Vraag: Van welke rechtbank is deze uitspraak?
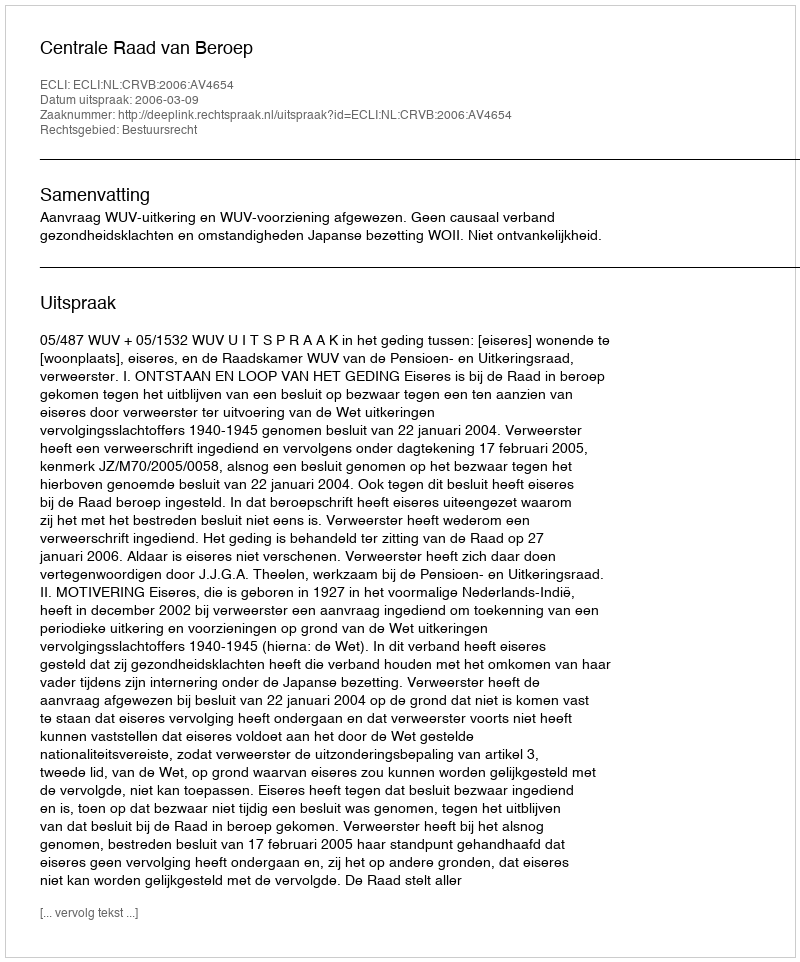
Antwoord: Centrale Raad van Beroep